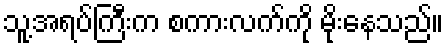
သူ့အရပ်ကြီးက စကားလက်ကို မိုးနေသည်။